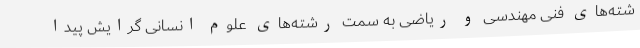
شته‌های فنی مهندسی و ریاضی به سمت رشته‌های علوم انسانی گرایش پیدا